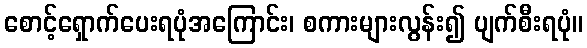
စောင့်ရှောက်ပေးရပုံအကြောင်း၊ စကားများလွန်း၍ ပျက်စီးရပုံ။